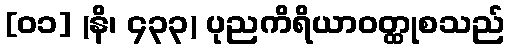
[၀၁] (နိ၊ ၄၃၃) ပုညကိရိယာဝတ္ထုစသည်